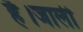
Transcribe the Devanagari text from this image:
है।जाली